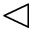
\vartriangleleft